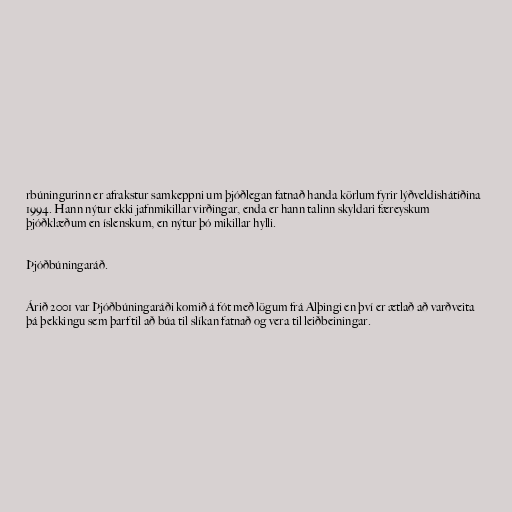
rbúningurinn er afrakstur samkeppni um þjóðlegan fatnað handa körlum fyrir lýðveldishátíðina
1994. Hann nýtur ekki jafnmikillar virðingar, enda er hann talinn skyldari færeyskum
þjóðklæðum en íslenskum, en nýtur þó mikillar hylli.

Þjóðbúningaráð.

Árið 2001 var Þjóðbúningaráði komið á fót með lögum frá Alþingi en því er ætlað að varðveita
þá þekkingu sem þarf til að búa til slíkan fatnað og vera til leiðbeiningar.